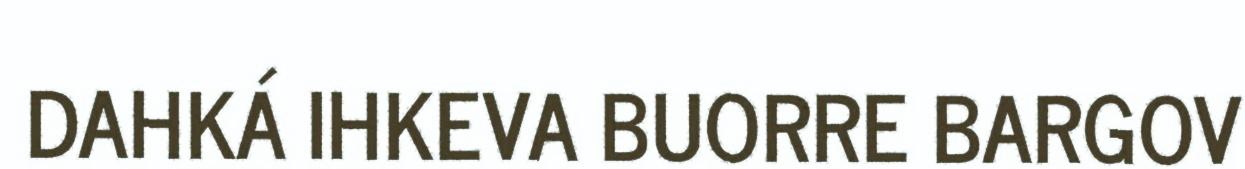
DAHKÁ IHKEVA BUORRE BARGOV